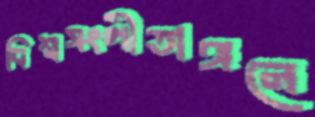
বিশ্বসংগীতাঙ্গনে